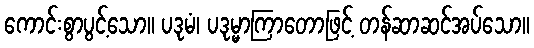
ကောင်းစွာပွင့်သော။ ပဒုမံ၊ ပဒုမ္မာကြာတောဖြင့် တန်ဆာဆင်အပ်သော။